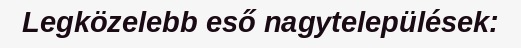
Legközelebb eső nagytelepülések: